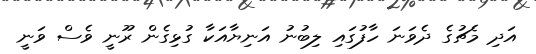
އަދި މެޗުގެ ދެވަނަ ހާފުގައި ލިބުނު އަނިޔާއަކާ ގުޅިގެން ރޫނީ ވެސް ވަނީ